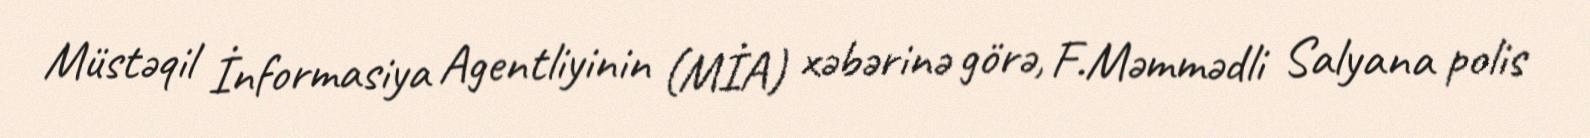
Müstəqil İnformasiya Agentliyinin (MİA) xəbərinə görə, F.Məmmədli Salyana polis